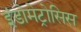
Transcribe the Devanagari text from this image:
इंडोमेट्रोसिस